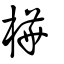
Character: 樺